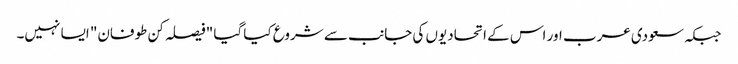
جبکہ سعودی عرب اور اس کے اتحادیوں کی جانب سے شروع کیا گیا "فیصلہ کن طوفان" ایسا نہیں۔